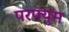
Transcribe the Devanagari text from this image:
परफ्युम